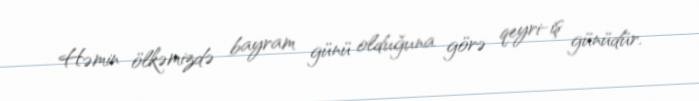
Həmin ölkəmizdə bayram günü olduğuna görə qeyri-iş günüdür.